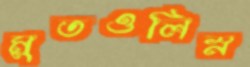
মুতওলিস্ন